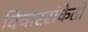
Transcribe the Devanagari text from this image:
विचारसंकेतों